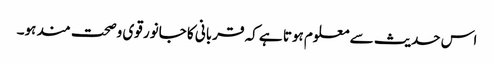
اس حدیث سے معلوم ہوتا ہے کہ قربانی کا جانور قوی وصحت مند ہو۔